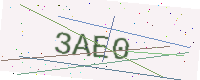
Text: 3AE0